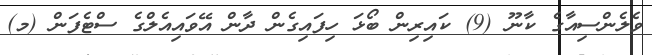
ވެލެންސިއާގެ ކާނޫ (9) ކައިރިން ބޯޅަ ހިފައިގެން ދާން އޭވައިއެލްގެ ސްޓެފަން (މ)